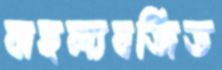
বাহুল্যবর্জিত